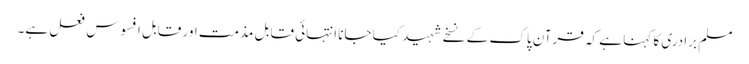
مسلم برادری کا کہنا ہے کہ قرآن پاک کے نسخے شہید کیا جانا انتہائی قابل مذمت اور قابل افسوس فعل ہے۔